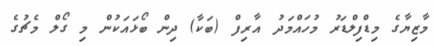
މާޒިޔާގެ މިޑްފިލްޑަރު މުހައްމަދު އާރިފް (ބަކާ) ދިން ބޯޅައަކުން މި ގޯލް މެޗުގެ